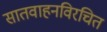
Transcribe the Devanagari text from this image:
सातवाहनविरचित